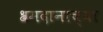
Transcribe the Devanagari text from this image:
श्रमदानाच्या